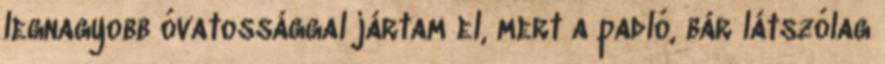
legnagyobb óvatossággal jártam el, mert a padló, bár látszólag